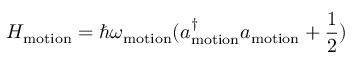
H _ { \mathrm { m o t i o n } } = \hbar \omega _ { \mathrm { m o t i o n } } ( a _ { \mathrm { m o t i o n } } ^ { \dagger } a _ { \mathrm { m o t i o n } } + \frac { 1 } { 2 } )